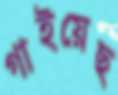
গাইয়েছ